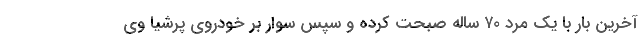
آخرین بار با یک مرد ۷۰ ساله صبحت کرده و سپس سوار بر خودروی پرشیا وی